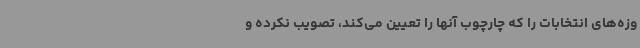
وزه‌های انتخابات را که چارچوب آنها را تعیین می‌کند، تصویب نکرده و